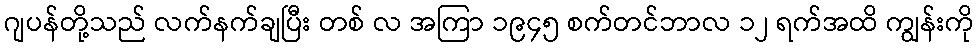
ဂျပန်တို့သည် လက်နက်ချပြီး တစ် လ အကြာ ၁၉၄၅ စက်တင်ဘာလ ၁၂ ရက်အထိ ကျွန်းကို